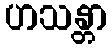
ဟသန္တာ